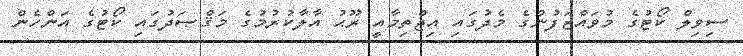
ސިވިލް ކޯޓުގެ މުވައްޒަފުންގެ މެދުގައި އިޖްތިމާއީ ރޫޙު އާލާކުރުމުގެ މަޤްޞަދުގައި ކޯޓުގެ އަންހެން